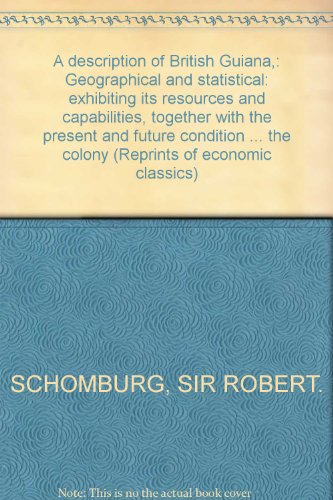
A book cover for A Description of British Guiana, Geographical and Statistical, Exhibiting its Resources and Capabilities, together with the Present and Future Condition of the colony (Reprints of Economic Classics); Robert H. Schomburgk; Travel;